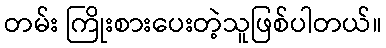
တမ်း ကြိုးစားပေးတဲ့သူဖြစ်ပါတယ်။